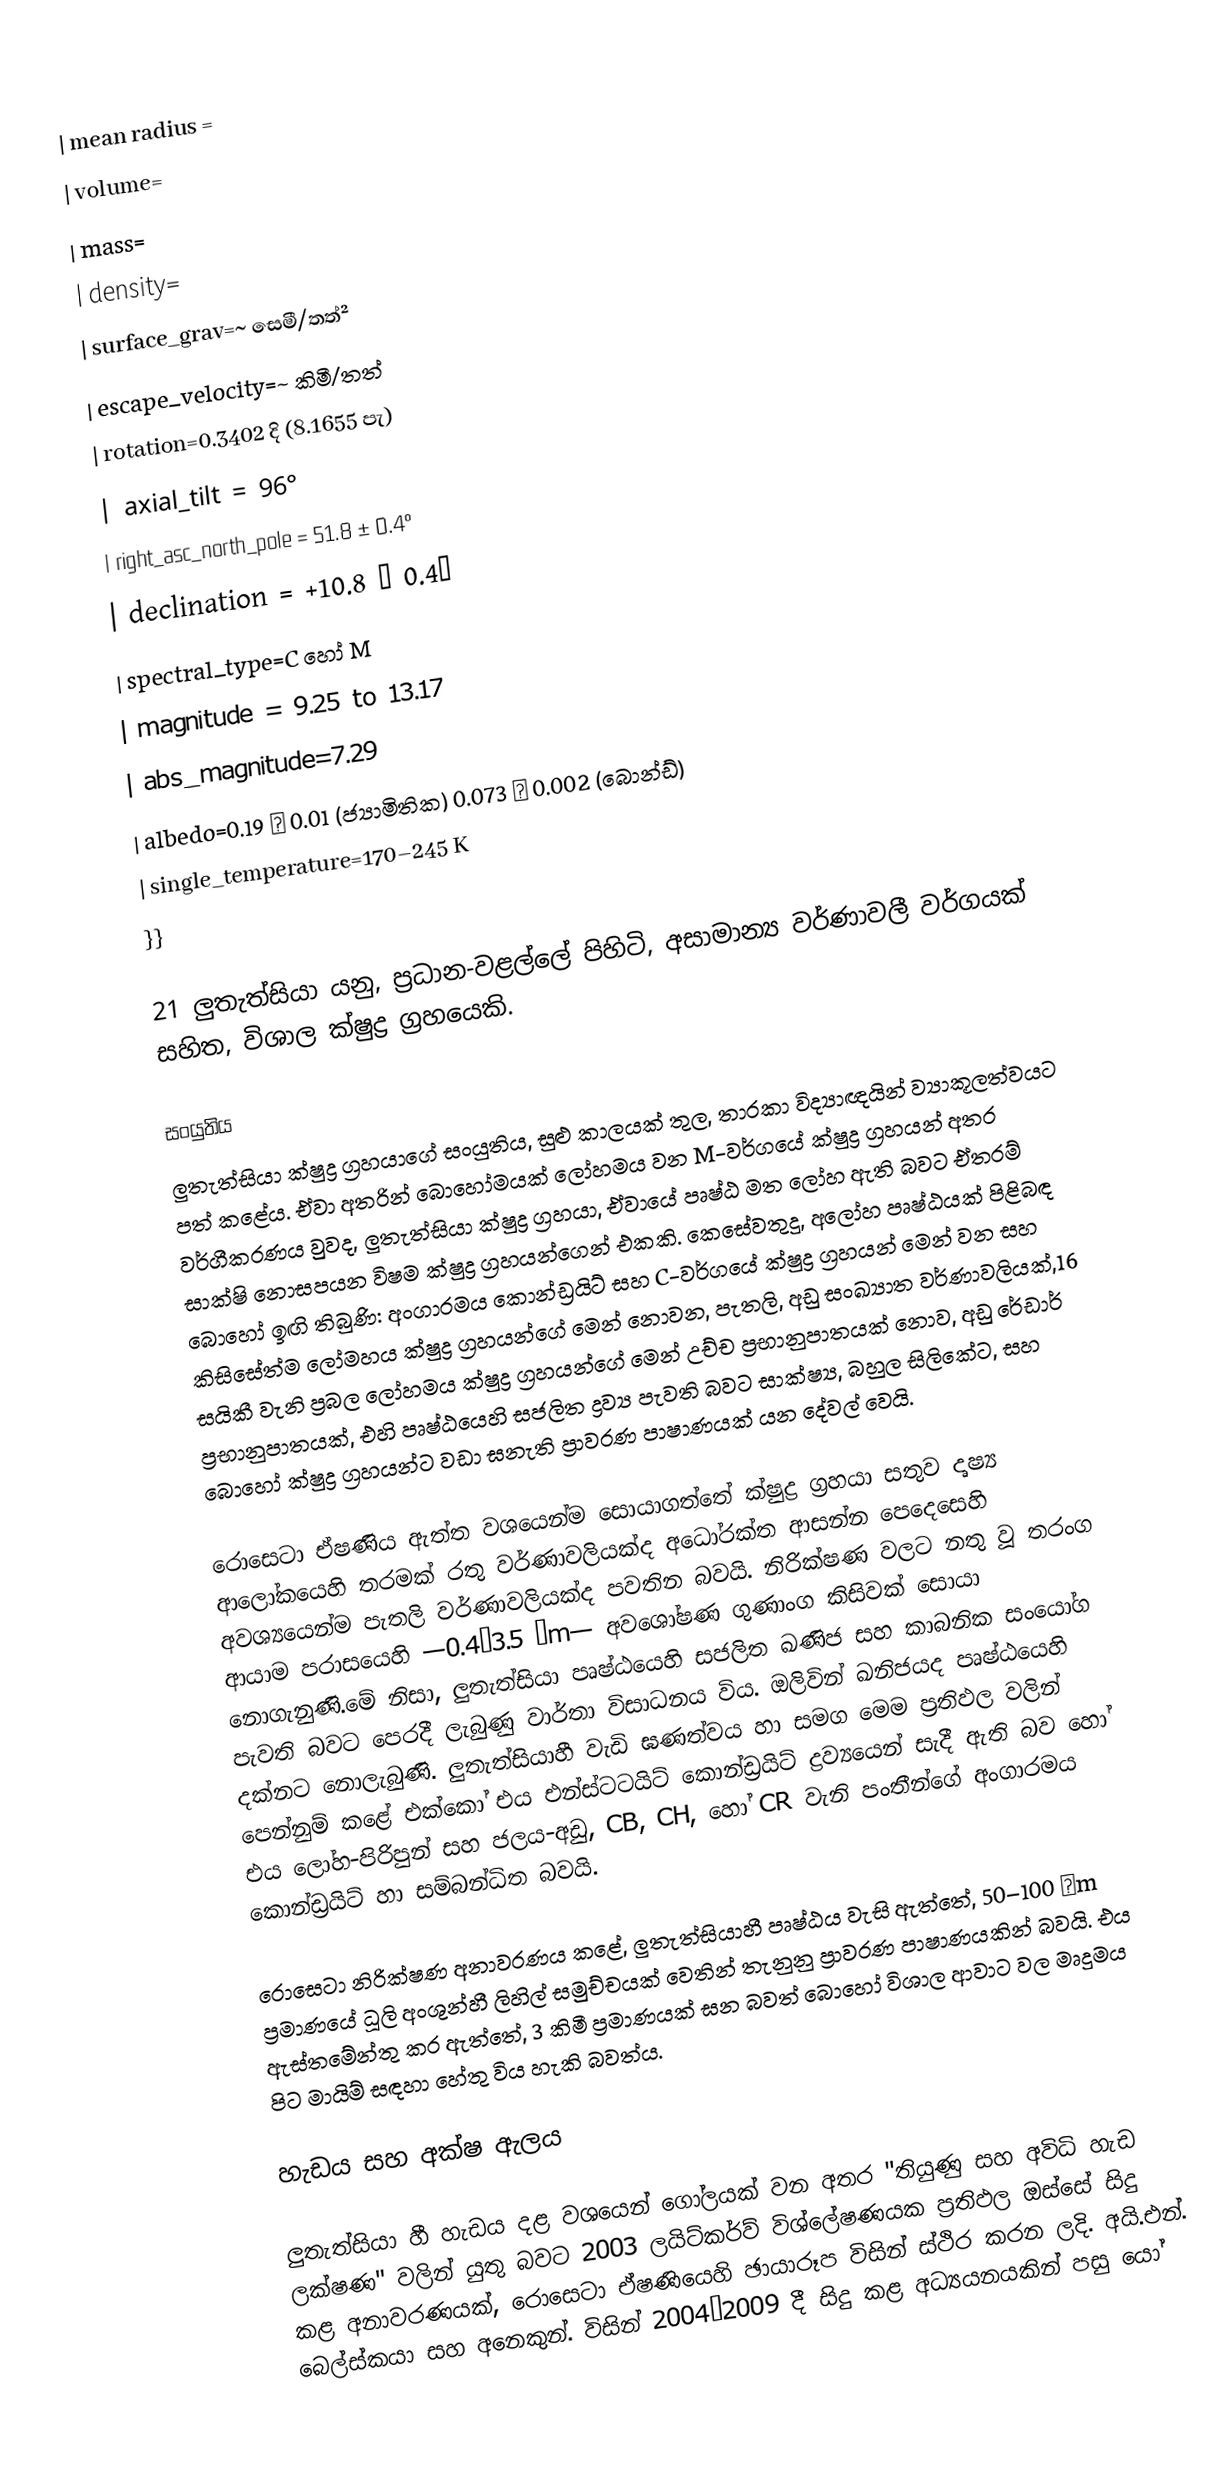
| mean radius =
| volume=
| mass=
| density=
| surface_grav=~ සෙමී/තත්²
| escape_velocity=~ කිමී/තත්
| rotation=0.3402 දි (8.1655 පැ)
| axial_tilt = 96°
| right_asc_north_pole = 51.8 ± 0.4°
| declination = +10.8 ± 0.4°
| spectral_type=C හෝ M
| magnitude = 9.25 to 13.17
| abs_magnitude=7.29
| albedo=0.19 ± 0.01 (ජ්‍යාමිතික) 0.073 ± 0.002 (බොන්ඩ්)
| single_temperature=170–245 K
}}

21 ලුතැත්සියා යනු, ප්‍රධාන-වළල්ලේ පිහිටි, අසාමාන්‍ය වර්ණාවලී වර්ගයක් සහිත, විශාල ක්ෂුද්‍ර ග්‍රහයෙකි.

සංයුතිය
ලුතැත්සියා ක්ෂුද්‍ර ග්‍රහයාගේ සංයුතිය,  සුළු කාලයක් තුල,  තාරකා විද්‍යාඥයින් ව්‍යාකූලත්වයට පත් කළේය. ඒවා අතරින් බොහෝමයක් ලෝහමය වන    M-වර්ගයේ ක්ෂුද්‍ර ග්‍රහයන් අතර වර්ගීකරණය වුවද, ලුතැත්සියා ක්ෂුද්‍ර ග්‍රහයා, ඒවායේ පෘෂ්ඨ මත ලෝහ ඇති බවට ඒතරම් සාක්ෂි නොසපයන  විෂම ක්ෂුද්‍ර ග්‍රහයන්ගෙන් එකකි. කෙසේවතුදු, අලෝහ පෘෂ්ඨයක් පිළිබඳ බොහෝ ඉඟි තිබුණි:  අංගාරමය කොන්ඩ්‍රයිට් සහ  C-වර්ගයේ ක්ෂුද්‍ර ග්‍රහයන් මෙන් වන සහ කිසිසේත්ම ලෝමහය ක්ෂුද්‍ර ග්‍රහයන්ගේ මෙන් නොවන,  පැතලි, අඩු සංඛ්‍යාත වර්ණාවලියක්,16 සයිකී  වැනි ප්‍රබල ලෝහමය ක්ෂුද්‍ර ග්‍රහයන්ගේ මෙන් උච්ච ප්‍රභානුපාතයක් නොව,  අඩු රේඩාර් ප්‍රභානුපාතයක්, එහි පෘෂ්ඨයෙහි සජලිත ද්‍රව්‍ය පැවති බවට සාක්ෂ්‍ය, බහුල සිලිකේට, සහ බොහෝ ක්ෂුද්‍ර ග්‍රහයන්ට වඩා ඝනැති ප්‍රාවරණ පාෂාණයක් යන දේවල් වෙයි.

රොසෙටා ඒෂණිය ඇත්ත වශයෙන්ම සොයාගත්තේ ක්ෂුද්‍ර ග්‍රහයා සතුව දෘෂ්‍ය ආලෝකයෙහි තරමක් රතු වර්ණාවලියක්ද  අධෝරක්ත ආසන්න පෙදෙසෙහි අවශ්‍යයෙන්ම පැතලි වර්ණාවලියක්ද පවතින බවයි. නිරික්ෂණ වලට නතු වූ තරංග ආයාම පරාසයෙහි —0.4–3.5 μm— අවශෝෂණ ගුණාංග කිසිවක් සොයා නොගැනුණි.මේ නිසා, ලුතැත්සියා පෘෂ්ඨයෙහි  සජලිත ඛණිජ සහ කාබනික සංයෝග පැවති බවට පෙරදී ලැබුණු වාර්තා විසාධනය විය. ඔලිවින් ඛනිජයද පෘෂ්ඨයෙහි දක්නට නොලැබුණි. ලුතැත්සියාහී වැඩි ඝණත්වය හා සමග මෙම ප්‍රතිඵල වලින් පෙන්නුම් කළේ එක්කෝ එය  එන්ස්ටටයිට් කොන්ඩ්‍රයිට් ද්‍රව්‍යයෙන් සැදී ඇති බව හෝ  එය ලෝහ-පිරිපුන් සහ ජලය-අඩු, CB, CH, හෝ CR වැනි පංතීන්ගේ අංගාරමය කොන්ඩ්‍රයිට් හා සම්බන්ධිත බවයි.

රොසෙටා නිරික්ෂණ අනාවරණය කළේ,  ලුතැත්සියාහී පෘෂ්ඨය වැසි ඇත්තේ,  50–100 μm ප්‍රමාණයේ ධූලි අංශුන්හී ලිහිල් සමුච්චයක් වෙතින් තැනුනු  ප්‍රාවරණ පාෂාණයකින් බවයි. එය ඇස්තමේන්තු කර ඇත්තේ,  3 කිමී ප්‍රමාණයක් ඝන බවත් බොහෝ විශාල ආවාට වල මෘදුමය පිට මායිම් සඳහා හේතු විය හැකි බවත්ය.

හැඩය සහ අක්ෂ ඇලය

ලුතැත්සියා හී හැඩය දළ වශයෙන් ගෝලයක් වන අතර "තියුණු සහ අවිධි හැඩ ලක්ෂණ" වලින් යුතු බවට 2003 ලයිට්කර්ව් විශ්ලේෂණයක ප්‍රතිඵල ඔස්සේ සිදු කළ අනාවරණයක්, රොසෙටා ඒෂණියෙහි ඡායාරූප විසින් ස්ථිර කරන ලදි.  අයි.එන්. බෙල්ස්කයා සහ අනෙකුන්. විසින් 2004–2009 දී සිදු කළ අධ්‍යයනයකින් පසු යෝ